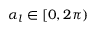
\alpha _ { l } \in [ 0 , 2 \pi )